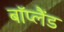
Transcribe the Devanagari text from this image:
बॉप्लैंड